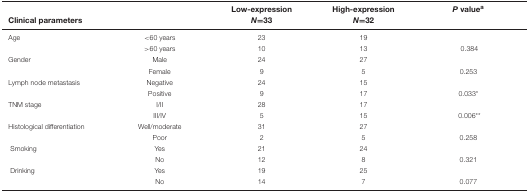
<table><thead><tr><td></td><td></td><td><b>Low-expression</b></td><td><b>High-expression</b></td><td><b><i>P</i> value<sup>a</sup></b></td></tr><tr><td><b>Clinical parameters</b></td><td></td><td><b><i>N</i>=33</b></td><td><b><i>N</i>=32</b></td><td></td></tr></thead><tbody><tr><td>Age</td><td>&lt;60 years</td><td>23</td><td>19</td><td></td></tr><tr><td></td><td>&gt;60 years</td><td>10</td><td>13</td><td> 0.384</td></tr><tr><td>Gender</td><td>Male</td><td>24</td><td>27</td><td></td></tr><tr><td></td><td>Female</td><td>9</td><td>5</td><td>0.253 </td></tr><tr><td>Lymph node metastasis</td><td>Negative</td><td>24</td><td>15</td><td></td></tr><tr><td></td><td>Positive</td><td>9</td><td>17</td><td>0.033*</td></tr><tr><td>TNM stage</td><td>I/II</td><td>28</td><td>17</td><td></td></tr><tr><td></td><td>III/IV</td><td>5</td><td>15</td><td> 0.006** </td></tr><tr><td>Histological differentiation</td><td>Well/moderate</td><td>31</td><td>27</td><td></td></tr><tr><td></td><td>Poor</td><td>2</td><td>5</td><td>0.258</td></tr><tr><td> Smoking</td><td>Yes</td><td>21</td><td>24</td><td></td></tr><tr><td></td><td>No</td><td>12</td><td>8</td><td>0.321</td></tr><tr><td> Drinking</td><td>Yes</td><td>19</td><td>25</td><td></td></tr><tr><td></td><td>No</td><td>14</td><td>7</td><td>0.077 </td></tr></tbody></table>